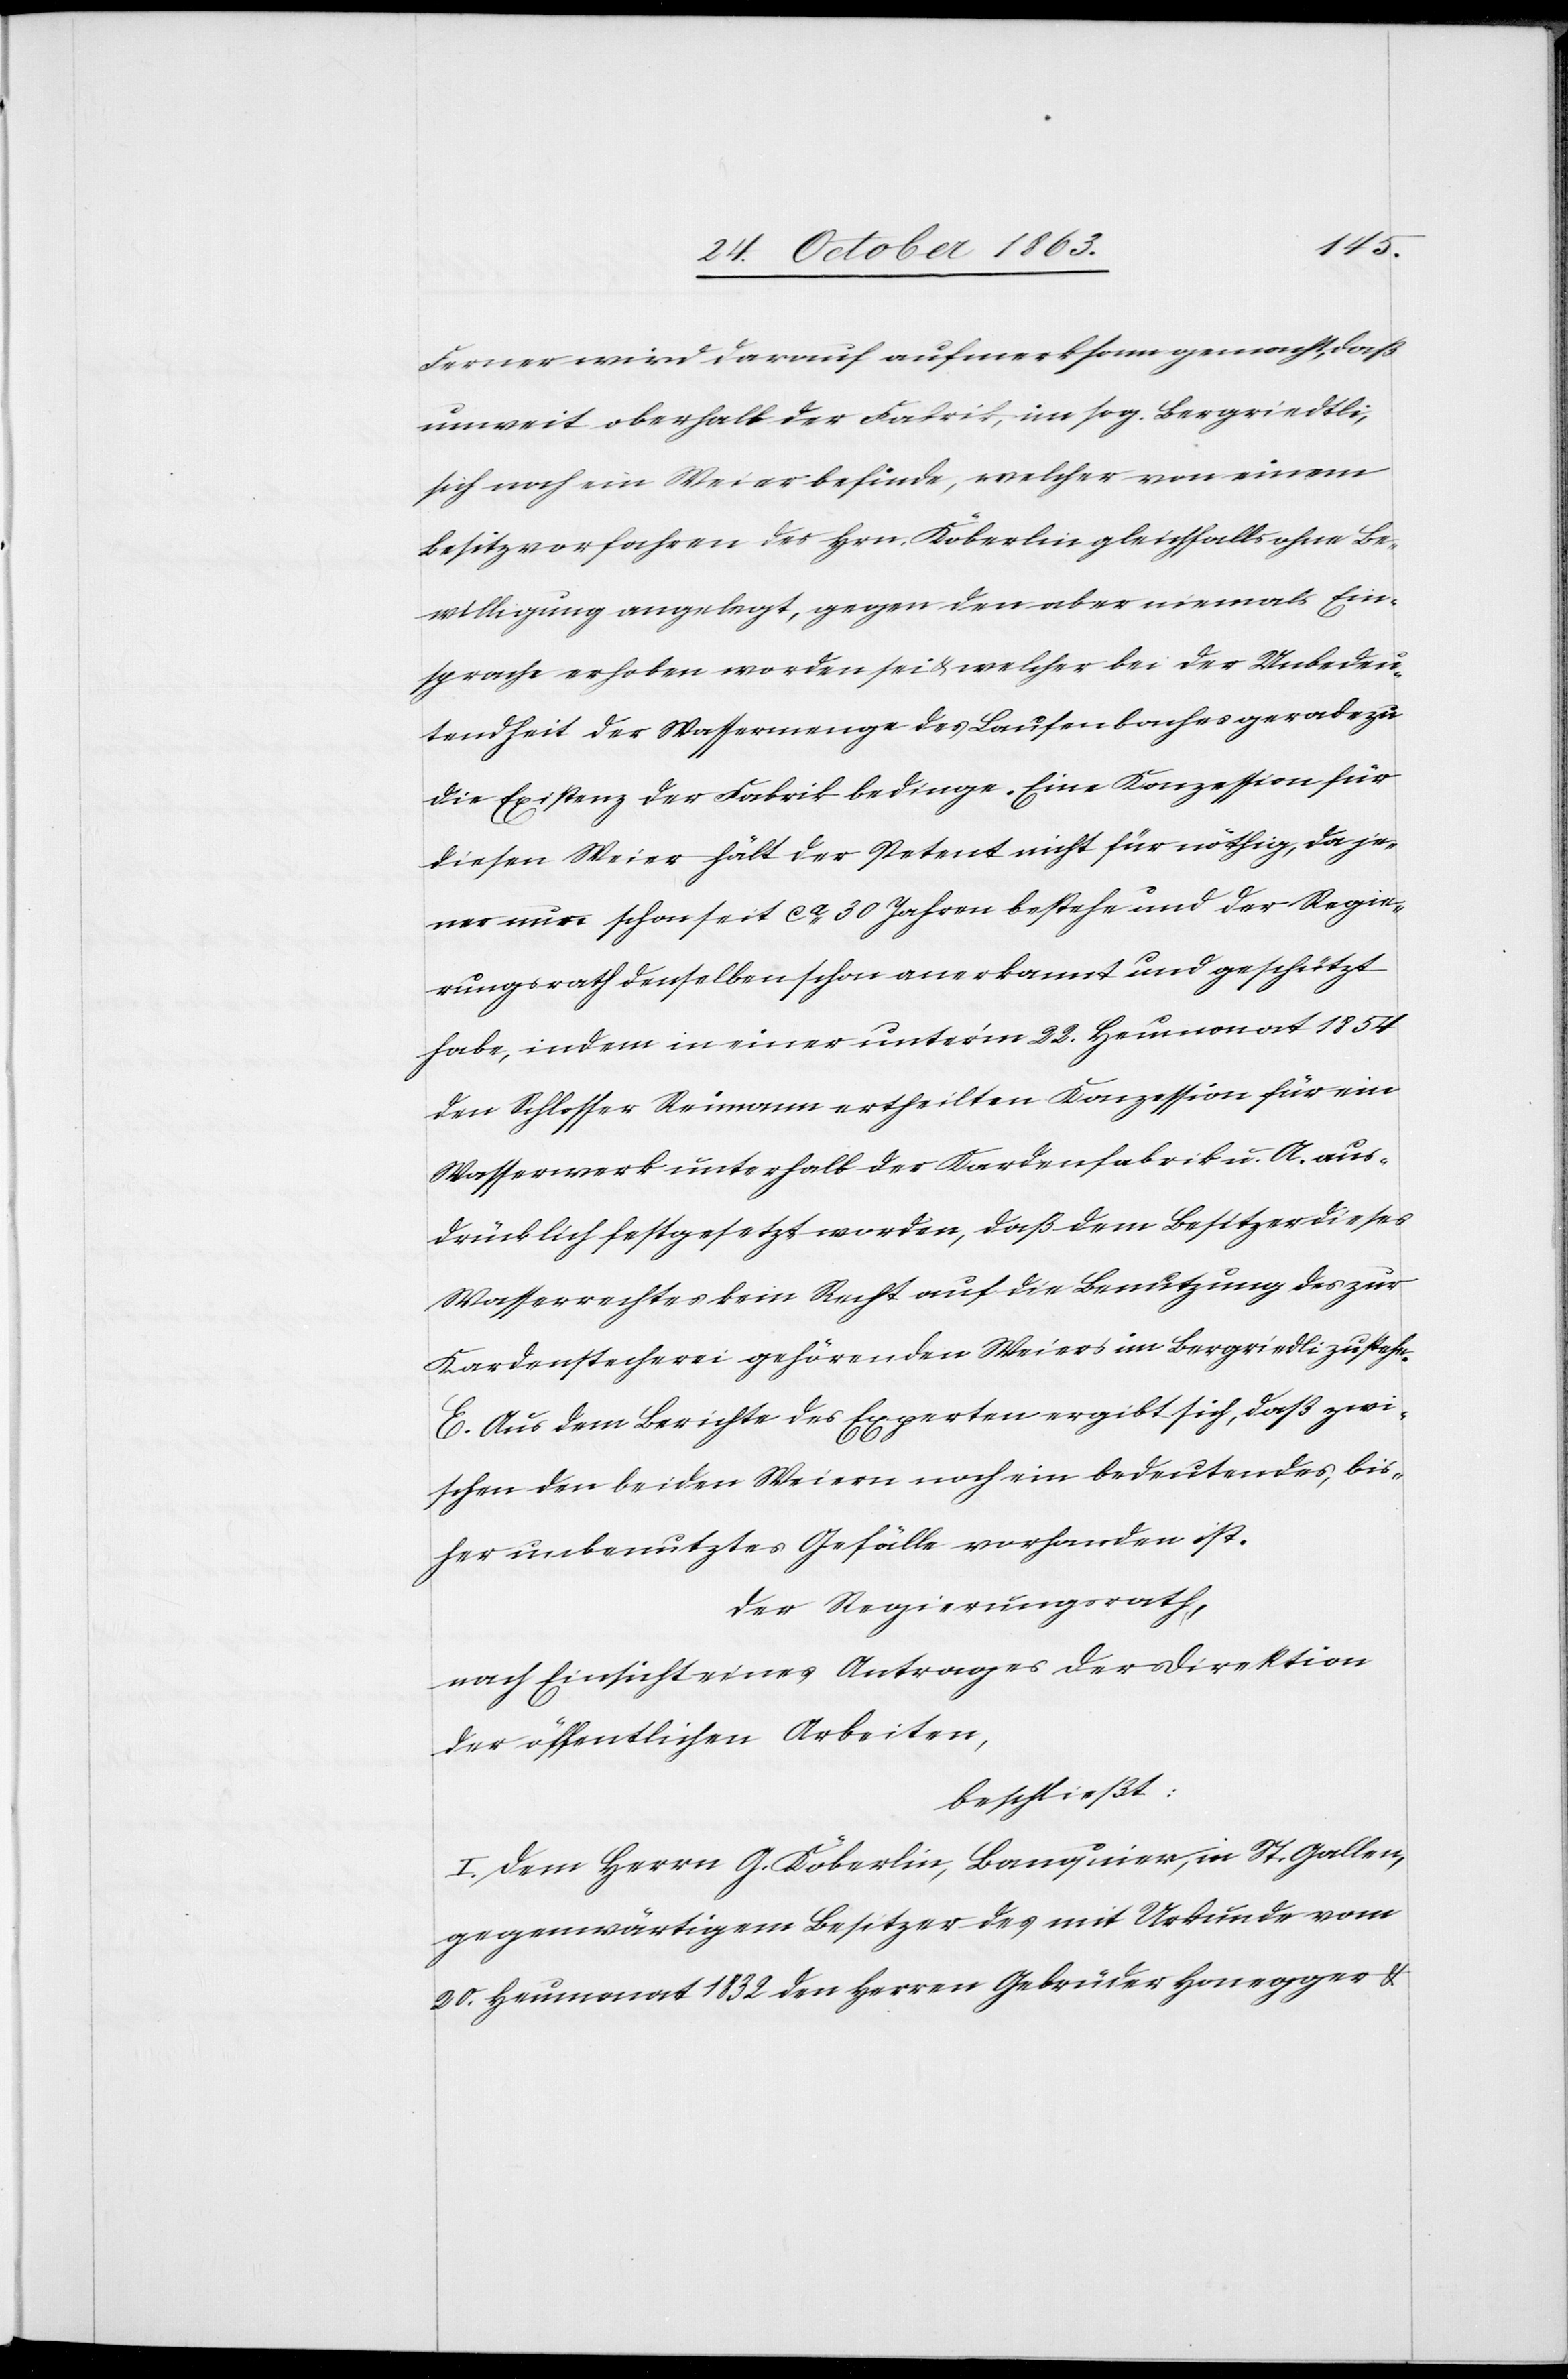
Ferner wird darauf aufmerksam gemacht, daß
unweit oberhalb der Fabrik im sog. Bergriedtli,
sich noch ein Weier befinde, welcher von einem
Besitzvorfahren des Hrn. Köberlin gleichfalls ohne Be¬
willigung angelegt, gegen den aber niemals Ein¬
sprache erhoben worden sei & welcher bei der Unbedeu¬
tendheit der Wassermenge des Laufenbaches geradezu
die Existenz der Fabrik bedinge. Eine Konzession für
diesen Weier hält der Petent nicht für nöthig, da je¬
ner nun schon seit ca 30 Jahren bestehe und der Regie¬
rungsrath denselben schon anerkannt und geschützt
habe, indem in einer unter'm 22. Heumonat 1854
den Schlosser Reimann ertheilten Konzession für ein
Wasserwerk unterhalb der Kardenfabrik u. A. aus¬
drücklich festgesetzt worden, daß dem Besitzer dieses
Wasserrechtes kein Recht auf die Benutzung des zur
Kardenstecherei gehörenden Weiers im Bergried[t]li zustehe.
E. Aus dem Berichte des Experten ergibt sich, daß zwi¬
schen den beiden Weiern noch ein bedeutendes, bis¬
her unbenutztes Gefälle vorhanden ist.
Der Regierungsrath,
nach Einsicht eines Antrages der Direktion
der öffentlichen Arbeiten,
beschließt:
I. Dem Herrn G. Köberlin, Banquier, in St. Gallen,
gegenwärtigem Besitzer des mit Urkunde vom
20. Heumonat 1832 den Herren Gebrüder Honegger &